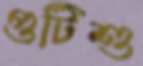
গুটিশু